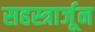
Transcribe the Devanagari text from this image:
सहस्त्रार्जून